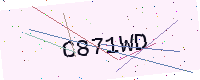
Text: C871WD